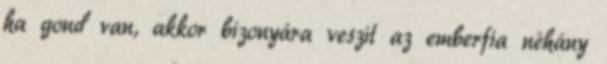
ha gond van, akkor bizonyára veszít az emberfia néhány